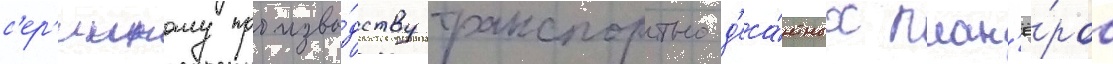
с'ер'ииному произво́дству транспортно-д'еса́нтных план'ё́ров